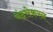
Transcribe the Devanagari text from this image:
चंद्रसेकरन